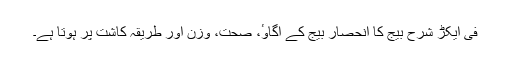
فی ایکڑ شرح بیج کا انحصار بیج کے اُگاوٴ، صحت، وزن اور طریقہ کاشت پر ہوتا ہے۔